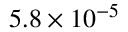
5 . 8 \times 1 0 ^ { - 5 }